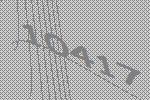
10417